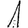
Digit: 1